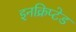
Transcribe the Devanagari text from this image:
इनक्रिप्टेड